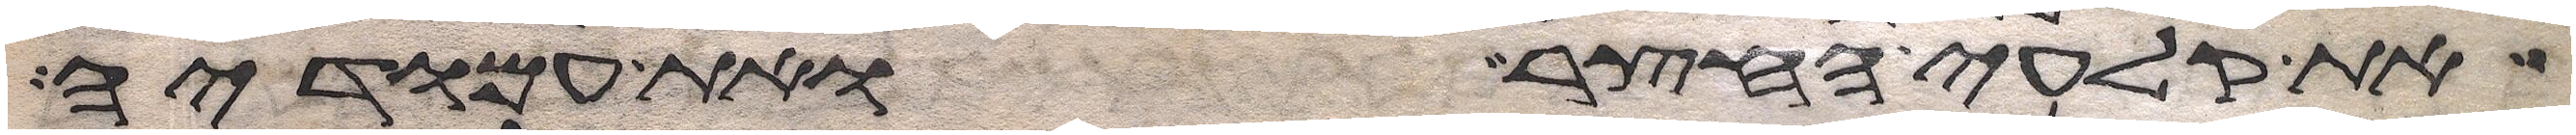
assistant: את קלעי החצר ואת עמודיה